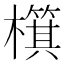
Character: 檱